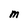
Character: M